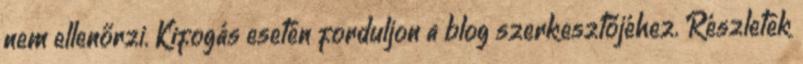
nem ellenőrzi. Kifogás esetén forduljon a blog szerkesztőjéhez. Részletek